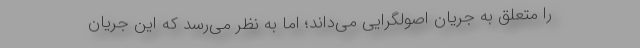
را متعلق به جریان اصولگرایی می‌داند؛ اما به نظر می‌رسد که این جریان